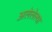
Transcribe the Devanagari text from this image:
अलेलेल्या